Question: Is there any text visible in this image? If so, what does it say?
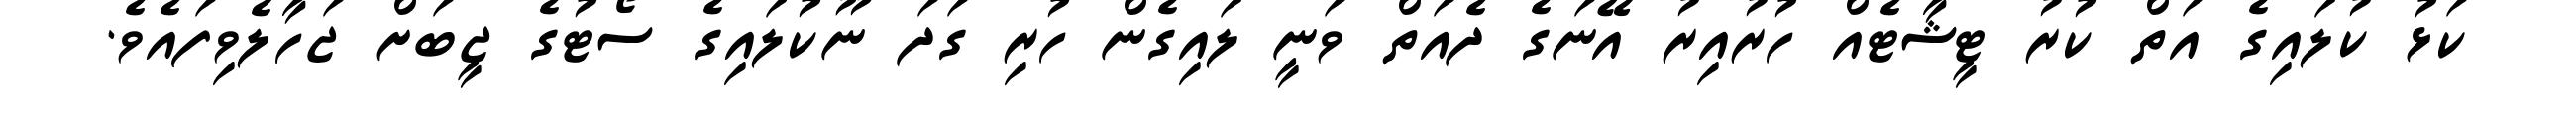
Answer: ކަޅު ކުލައިގެ އަތް ކުރު ޓީޝާޓެއް ހުރުއިރު އޭނަގެ ދެއަތް ވަނީ ލައިގެން ހުރި ގަދަ ނޫކުލައިގެ ސޯޓުގެ ޖީބަށް ޖަހާލެވިފައެވެ.